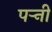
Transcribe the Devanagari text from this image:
पर्‍नी